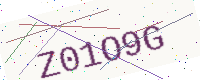
Text: Z01O9G